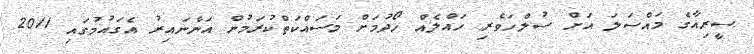
ސީރިއާގެ މައްސަލަ އަށް ސުލްހަވެރި ހައްލެއް ހޯދުމަށް މަސައްކަތްކުރަމުން އަންނައިރު އެގައުމުގައި 2011